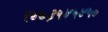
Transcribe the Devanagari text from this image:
९४०३५४५४५०